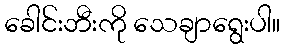
ခေါင်းဘီးကို သေချာရွေးပါ။